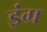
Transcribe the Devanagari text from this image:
इंग्र